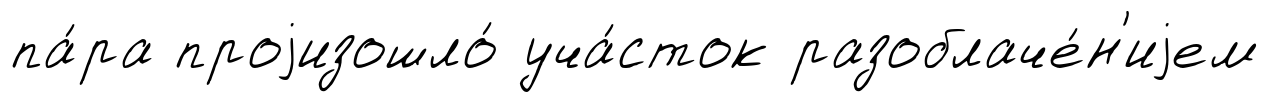
па́ра проjизошло́ уча́сток разоблаче́н'иjем